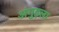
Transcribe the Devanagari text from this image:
अंगुइला